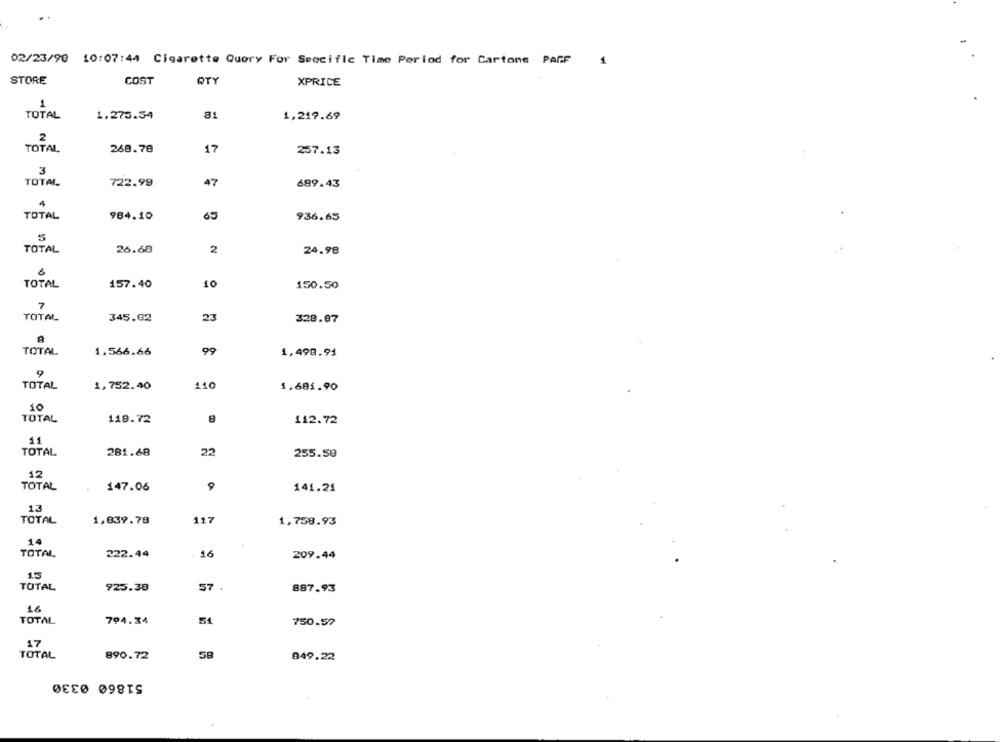
02/23/98 10:07:44 Cigarette Query For Specific Time Period for Cartone PAFF
1
STORE
COST
OTY
XPRICE
1
TOTAL
1.275.54
81
1,219.69
2
TOTAL
268.78
17
257.13
3
TOTAL
722.99
47
689.43
4
TOTAL
65
984.10
936.65
5
TOTAL
26.68
2
24.98
6
TOTAL
157.40
10
150.50
TOTAL
345.62
23
328.87
A
TOTAL
1.566.66
99
1,498.94
9
TOTAL
110
1,752.40
1.681.90
10
TOTAL
118.72
8
112.72
11
TOTAL
281.68
22
255.58
12
TOTAL
147.06
9
141.24
12
TOTAL
117
1,839.78
1,758.93
14
TOTAL
222.44
16
209.44
1.5
TOTAL
57 .
925.38
887.93
16
TOTAL
794.34
51
750.57
17
TOTAL
890.72
58
849.22
51860 0330